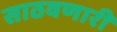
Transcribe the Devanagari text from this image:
साठवणारी